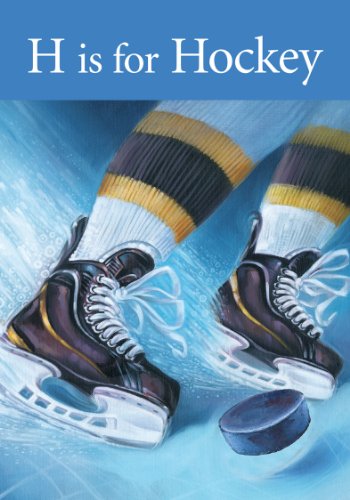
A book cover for H is for Hockey; Kevin Shea; Children's Books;